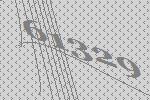
61329